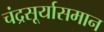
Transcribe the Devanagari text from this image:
चंद्रसूर्यासमान